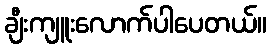
ချီးကျူးလောက်ပါပေတယ်။